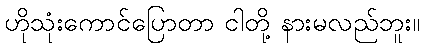
ဟိုသုံးကောင်ပြောတာ ငါတို့ နားမလည်ဘူး။